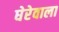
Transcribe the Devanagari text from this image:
घेरेवाला